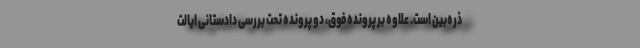
ذره‌بین است. علاوه بر پرونده فوق، دو پرونده تحت بررسی دادستانی ایالت